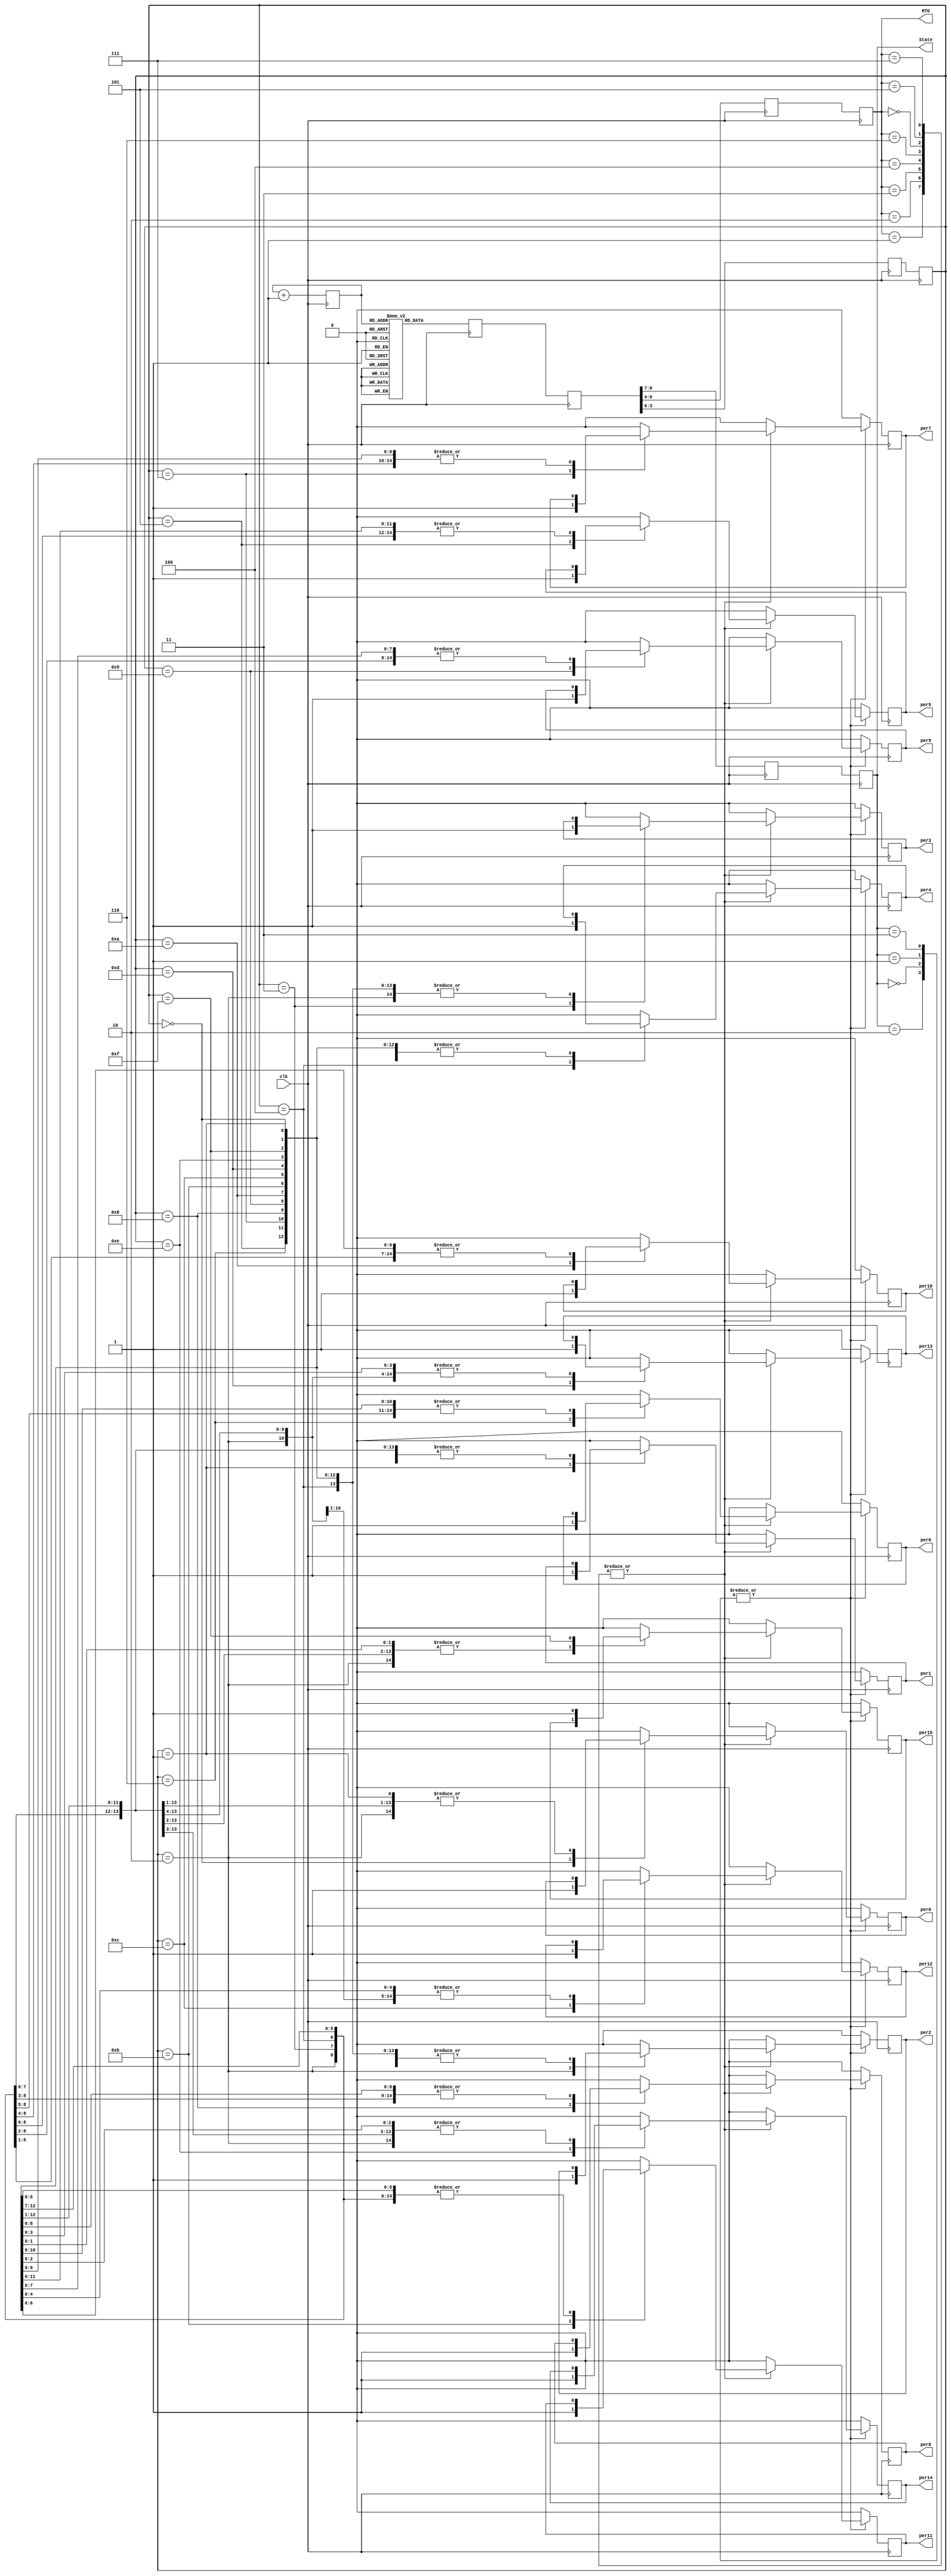
module im_write( 
input clk,
output reg per0,
output reg per1,
output reg per2,
output reg per3,
output reg per4,
output reg per5,
output reg per6,
output reg per7,
output reg per8,
output reg per9,
output reg per10,
output reg per11,
output reg per12,
output reg per13,
output reg per14,
output reg per15,
output [1:0]State,
output [2:0]RTO
);

initial begin
mem[0] = 9'b000010010;
mem[1] = 9'b010000000;
mem[2] = 9'b100110001;
mem[4] = 9'b111001000;
pc = 0;
end

reg [8:0]mem[0:511];
reg [8:0]L1_IR,L2_IR;
reg [8:0]pc;
reg [1:0]L2_State,L3_State;
reg [2:0]L2_RTO,L3_RTO;
reg [3:0]L2_NUM,L3_NUM;

parameter KA = 2'b00, GJ = 2'b01, BR = 2'b10, MH = 2'b11;
parameter rto1 = 3'b000,rto2 = 3'b001,rto3 = 3'b010, rto4 = 3'b011,rto5 = 3'b100,rto6 = 3'b101,rto7 = 3'b110,rto8 = 3'b111;
parameter person1 = 4'b0000,person2 = 4'b0001,person3 = 4'b0010,person4 = 4'b0011,person5 = 4'b0100,person6 = 4'b0101,person7 = 4'b0110,person8 = 4'b0111,person9 = 4'b1000,person10 = 4'b1001,person11 = 4'b1010,person12 = 4'b1011,person13 = 4'b1100,person14 = 4'b1101,person15 = 4'b1110,person16 = 4'b1111;

always @(posedge clk)//fetch
begin
L1_IR <= mem[pc];
pc <= pc + 1;
end

always @(posedge clk)//decode
begin
L2_IR <= L1_IR;
L2_State <= L2_IR[8:7];
L2_RTO <= L2_IR[6:4];
L2_NUM <= L2_IR[3:0];
end

always @(posedge clk)//execute
begin
L3_State <= L2_State;
L3_RTO <= L2_RTO;
L3_NUM <= L2_NUM;

case(L3_State)
KA:begin
case(L3_RTO)
rto1:begin
case(L3_NUM)
person1:per0 = 1;
person2:per1 = 1;
person3:per2 = 1;
person4:per3 = 1;
person5:per4 = 1;
person6:per5 = 1;
person7:per6 = 1;
person8:per7 = 1;
person9:per8 = 1;
person10:per9 = 1;
person11:per10 = 1;
person12:per11 = 1;
person13:per12 = 1;
person14:per13 = 1;
person15:per14 = 1;
person16:per15 = 1;
endcase
end
rto2:begin
case(L3_NUM)
person1:per0 = 1;
person2:per1 = 1;
person3:per2 = 1;
person4:per3 = 1;
person5:per4 = 1;
person6:per5 = 1;
person7:per6 = 1;
person8:per7 = 1;
person9:per8 = 1;
person10:per9 = 1;
person11:per10 = 1;
person12:per11 = 1;
person13:per12 = 1;
person14:per13 = 1;
person15:per14 = 1;
person16:per15 = 1;
endcase
end
rto3:begin
case(L3_NUM)
person1:per0 = 1;
person2:per1 = 1;
person3:per2 = 1;
person4:per3 = 1;
person5:per4 = 1;
person6:per5 = 1;
person7:per6 = 1;
person8:per7 = 1;
person9:per8 = 1;
person10:per9 = 1;
person11:per10 = 1;
person12:per11 = 1;
person13:per12 = 1;
person14:per13 = 1;
person15:per14 = 1;
person16:per15 = 1;
endcase
end
rto4:begin
case(L3_NUM)
person1:per0 = 1;
person2:per1 = 1;
person3:per2 = 1;
person4:per3 = 1;
person5:per4 = 1;
person6:per5 = 1;
person7:per6 = 1;
person8:per7 = 1;
person9:per8 = 1;
person10:per9 = 1;
person11:per10 = 1;
person12:per11 = 1;
person13:per12 = 1;
person14:per13 = 1;
person15:per14 = 1;
person16:per15 = 1;
endcase
end
rto5:begin
case(L3_NUM)
person1:per0 = 1;
person2:per1 = 1;
person3:per2 = 1;
person4:per3 = 1;
person5:per4 = 1;
person6:per5 = 1;
person7:per6 = 1;
person8:per7 = 1;
person9:per8 = 1;
person10:per9 = 1;
person11:per10 = 1;
person12:per11 = 1;
person13:per12 = 1;
person14:per13 = 1;
person15:per14 = 1;
person16:per15 = 1;
endcase
end
rto6:begin
case(L3_NUM)
person1:per0 = 1;
person2:per1 = 1;
person3:per2 = 1;
person4:per3 = 1;
person5:per4 = 1;
person6:per5 = 1;
person7:per6 = 1;
person8:per7 = 1;
person9:per8 = 1;
person10:per9 = 1;
person11:per10 = 1;
person12:per11 = 1;
person13:per12 = 1;
person14:per13 = 1;
person15:per14 = 1;
person16:per15 = 1;
endcase
end
rto7:begin
case(L3_NUM)
person1:per0 = 1;
person2:per1 = 1;
person3:per2 = 1;
person4:per3 = 1;
person5:per4 = 1;
person6:per5 = 1;
person7:per6 = 1;
person8:per7 = 1;
person9:per8 = 1;
person10:per9 = 1;
person11:per10 = 1;
person12:per11 = 1;
person13:per12 = 1;
person14:per13 = 1;
person15:per14 = 1;
person16:per15 = 1;
endcase
end
rto8:begin
case(L3_NUM)
person1:per0 = 1;
person2:per1 = 1;
person3:per2 = 1;
person4:per3 = 1;
person5:per4 = 1;
person6:per5 = 1;
person7:per6 = 1;
person8:per7 = 1;
person9:per8 = 1;
person10:per9 = 1;
person11:per10 = 1;
person12:per11 = 1;
person13:per12 = 1;
person14:per13 = 1;
person15:per14 = 1;
person16:per15 = 1;
endcase
end
endcase
end
GJ:begin
case(L3_RTO)
rto1:begin
case(L3_NUM)
person1:per0 = 1;
person2:per1 = 1;
person3:per2 = 1;
person4:per3 = 1;
person5:per4 = 1;
person6:per5 = 1;
person7:per6 = 1;
person8:per7 = 1;
person9:per8 = 1;
person10:per9 = 1;
person11:per10 = 1;
person12:per11 = 1;
person13:per12 = 1;
person14:per13 = 1;
person15:per14 = 1;
person16:per15 = 1;
endcase
end
rto2:begin
case(L3_NUM)
person1:per0 = 1;
person2:per1 = 1;
person3:per2 = 1;
person4:per3 = 1;
person5:per4 = 1;
person6:per5 = 1;
person7:per6 = 1;
person8:per7 = 1;
person9:per8 = 1;
person10:per9 = 1;
person11:per10 = 1;
person12:per11 = 1;
person13:per12 = 1;
person14:per13 = 1;
person15:per14 = 1;
person16:per15 = 1;
endcase
end
rto3:begin
case(L3_NUM)
person1:per0 = 1;
person2:per1 = 1;
person3:per2 = 1;
person4:per3 = 1;
person5:per4 = 1;
person6:per5 = 1;
person7:per6 = 1;
person8:per7 = 1;
person9:per8 = 1;
person10:per9 = 1;
person11:per10 = 1;
person12:per11 = 1;
person13:per12 = 1;
person14:per13 = 1;
person15:per14 = 1;
person16:per15 = 1;
endcase
end
rto4:begin
case(L3_NUM)
person1:per0 = 1;
person2:per1 = 1;
person3:per2 = 1;
person4:per3 = 1;
person5:per4 = 1;
person6:per5 = 1;
person7:per6 = 1;
person8:per7 = 1;
person9:per8 = 1;
person10:per9 = 1;
person11:per10 = 1;
person12:per11 = 1;
person13:per12 = 1;
person14:per13 = 1;
person15:per14 = 1;
person16:per15 = 1;
endcase
end
rto5:begin
case(L3_NUM)
person1:per0 = 1;
person2:per1 = 1;
person3:per2 = 1;
person4:per3 = 1;
person5:per4 = 1;
person6:per5 = 1;
person7:per6 = 1;
person8:per7 = 1;
person9:per8 = 1;
person10:per9 = 1;
person11:per10 = 1;
person12:per11 = 1;
person13:per12 = 1;
person14:per13 = 1;
person15:per14 = 1;
person16:per15 = 1;
endcase
end
rto6:begin
case(L3_NUM)
person1:per0 = 1;
person2:per1 = 1;
person3:per2 = 1;
person4:per3 = 1;
person5:per4 = 1;
person6:per5 = 1;
person7:per6 = 1;
person8:per7 = 1;
person9:per8 = 1;
person10:per9 = 1;
person11:per10 = 1;
person12:per11 = 1;
person13:per12 = 1;
person14:per13 = 1;
person15:per14 = 1;
person16:per15 = 1;
endcase
end
rto7:begin
case(L3_NUM)
person1:per0 = 1;
person2:per1 = 1;
person3:per2 = 1;
person4:per3 = 1;
person5:per4 = 1;
person6:per5 = 1;
person7:per6 = 1;
person8:per7 = 1;
person9:per8 = 1;
person10:per9 = 1;
person11:per10 = 1;
person12:per11 = 1;
person13:per12 = 1;
person14:per13 = 1;
person15:per14 = 1;
person16:per15 = 1;
endcase
end
rto8:begin
case(L3_NUM)
person1:per0 = 1;
person2:per1 = 1;
person3:per2 = 1;
person4:per3 = 1;
person5:per4 = 1;
person6:per5 = 1;
person7:per6 = 1;
person8:per7 = 1;
person9:per8 = 1;
person10:per9 = 1;
person11:per10 = 1;
person12:per11 = 1;
person13:per12 = 1;
person14:per13 = 1;
person15:per14 = 1;
person16:per15 = 1;
endcase
end
endcase
end
BR:begin
case(L3_RTO)
rto1:begin
case(L3_NUM)
person1:per0 = 1;
person2:per1 = 1;
person3:per2 = 1;
person4:per3 = 1;
person5:per4 = 1;
person6:per5 = 1;
person7:per6 = 1;
person8:per7 = 1;
person9:per8 = 1;
person10:per9 = 1;
person11:per10 = 1;
person12:per11 = 1;
person13:per12 = 1;
person14:per13 = 1;
person15:per14 = 1;
person16:per15 = 1;
endcase
end
rto2:begin
case(L3_NUM)
person1:per0 = 1;
person2:per1 = 1;
person3:per2 = 1;
person4:per3 = 1;
person5:per4 = 1;
person6:per5 = 1;
person7:per6 = 1;
person8:per7 = 1;
person9:per8 = 1;
person10:per9 = 1;
person11:per10 = 1;
person12:per11 = 1;
person13:per12 = 1;
person14:per13 = 1;
person15:per14 = 1;
person16:per15 = 1;
endcase
end
rto3:begin
case(L3_NUM)
person1:per0 = 1;
person2:per1 = 1;
person3:per2 = 1;
person4:per3 = 1;
person5:per4 = 1;
person6:per5 = 1;
person7:per6 = 1;
person8:per7 = 1;
person9:per8 = 1;
person10:per9 = 1;
person11:per10 = 1;
person12:per11 = 1;
person13:per12 = 1;
person14:per13 = 1;
person15:per14 = 1;
person16:per15 = 1;
endcase
end
rto4:begin
case(L3_NUM)
person1:per0 = 1;
person2:per1 = 1;
person3:per2 = 1;
person4:per3 = 1;
person5:per4 = 1;
person6:per5 = 1;
person7:per6 = 1;
person8:per7 = 1;
person9:per8 = 1;
person10:per9 = 1;
person11:per10 = 1;
person12:per11 = 1;
person13:per12 = 1;
person14:per13 = 1;
person15:per14 = 1;
person16:per15 = 1;
endcase
end
rto5:begin
case(L3_NUM)
person1:per0 = 1;
person2:per1 = 1;
person3:per2 = 1;
person4:per3 = 1;
person5:per4 = 1;
person6:per5 = 1;
person7:per6 = 1;
person8:per7 = 1;
person9:per8 = 1;
person10:per9 = 1;
person11:per10 = 1;
person12:per11 = 1;
person13:per12 = 1;
person14:per13 = 1;
person15:per14 = 1;
person16:per15 = 1;
endcase
end
rto6:begin
case(L3_NUM)
person1:per0 = 1;
person2:per1 = 1;
person3:per2 = 1;
person4:per3 = 1;
person5:per4 = 1;
person6:per5 = 1;
person7:per6 = 1;
person8:per7 = 1;
person9:per8 = 1;
person10:per9 = 1;
person11:per10 = 1;
person12:per11 = 1;
person13:per12 = 1;
person14:per13 = 1;
person15:per14 = 1;
person16:per15 = 1;
endcase
end
rto7:begin
case(L3_NUM)
person1:per0 = 1;
person2:per1 = 1;
person3:per2 = 1;
person4:per3 = 1;
person5:per4 = 1;
person6:per5 = 1;
person7:per6 = 1;
person8:per7 = 1;
person9:per8 = 1;
person10:per9 = 1;
person11:per10 = 1;
person12:per11 = 1;
person13:per12 = 1;
person14:per13 = 1;
person15:per14 = 1;
person16:per15 = 1;
endcase
end
rto8:begin
case(L3_NUM)
person1:per0 = 1;
person2:per1 = 1;
person3:per2 = 1;
person4:per3 = 1;
person5:per4 = 1;
person6:per5 = 1;
person7:per6 = 1;
person8:per7 = 1;
person9:per8 = 1;
person10:per9 = 1;
person11:per10 = 1;
person12:per11 = 1;
person13:per12 = 1;
person14:per13 = 1;
person15:per14 = 1;
person16:per15 = 1;
endcase
end
endcase
end
MH:begin
case(L3_RTO)
rto1:begin
case(L3_NUM)
person1:per0 = 1;
person2:per1 = 1;
person3:per2 = 1;
person4:per3 = 1;
person5:per4 = 1;
person6:per5 = 1;
person7:per6 = 1;
person8:per7 = 1;
person9:per8 = 1;
person10:per9 = 1;
person11:per10 = 1;
person12:per11 = 1;
person13:per12 = 1;
person14:per13 = 1;
person15:per14 = 1;
person16:per15 = 1;
endcase
end
rto2:begin
case(L3_NUM)
person1:per0 = 1;
person2:per1 = 1;
person3:per2 = 1;
person4:per3 = 1;
person5:per4 = 1;
person6:per5 = 1;
person7:per6 = 1;
person8:per7 = 1;
person9:per8 = 1;
person10:per9 = 1;
person11:per10 = 1;
person12:per11 = 1;
person13:per12 = 1;
person14:per13 = 1;
person15:per14 = 1;
person16:per15 = 1;
endcase
end
rto3:begin
case(L3_NUM)
person1:per0 = 1;
person2:per1 = 1;
person3:per2 = 1;
person4:per3 = 1;
person5:per4 = 1;
person6:per5 = 1;
person7:per6 = 1;
person8:per7 = 1;
person9:per8 = 1;
person10:per9 = 1;
person11:per10 = 1;
person12:per11 = 1;
person13:per12 = 1;
person14:per13 = 1;
person15:per14 = 1;
person16:per15 = 1;
endcase
end
rto4:begin
case(L3_NUM)
person1:per0 = 1;
person2:per1 = 1;
person3:per2 = 1;
person4:per3 = 1;
person5:per4 = 1;
person6:per5 = 1;
person7:per6 = 1;
person8:per7 = 1;
person9:per8 = 1;
person10:per9 = 1;
person11:per10 = 1;
person12:per11 = 1;
person13:per12 = 1;
person14:per13 = 1;
person15:per14 = 1;
person16:per15 = 1;
endcase
end
rto5:begin
case(L3_NUM)
person1:per0 = 1;
person2:per1 = 1;
person3:per2 = 1;
person4:per3 = 1;
person5:per4 = 1;
person6:per5 = 1;
person7:per6 = 1;
person8:per7 = 1;
person9:per8 = 1;
person10:per9 = 1;
person11:per10 = 1;
person12:per11 = 1;
person13:per12 = 1;
person14:per13 = 1;
person15:per14 = 1;
person16:per15 = 1;
endcase
end
rto6:begin
case(L3_NUM)
person1:per0 = 1;
person2:per1 = 1;
person3:per2 = 1;
person4:per3 = 1;
person5:per4 = 1;
person6:per5 = 1;
person7:per6 = 1;
person8:per7 = 1;
person9:per8 = 1;
person10:per9 = 1;
person11:per10 = 1;
person12:per11 = 1;
person13:per12 = 1;
person14:per13 = 1;
person15:per14 = 1;
person16:per15 = 1;
endcase
end
rto7:begin
case(L3_NUM)
person1:per0 = 1;
person2:per1 = 1;
person3:per2 = 1;
person4:per3 = 1;
person5:per4 = 1;
person6:per5 = 1;
person7:per6 = 1;
person8:per7 = 1;
person9:per8 = 1;
person10:per9 = 1;
person11:per10 = 1;
person12:per11 = 1;
person13:per12 = 1;
person14:per13 = 1;
person15:per14 = 1;
person16:per15 = 1;
endcase
end
rto8:begin
case(L3_NUM)
person1:per0 = 1;
person2:per1 = 1;
person3:per2 = 1;
person4:per3 = 1;
person5:per4 = 1;
person6:per5 = 1;
person7:per6 = 1;
person8:per7 = 1;
person9:per8 = 1;
person10:per9 = 1;
person11:per10 = 1;
person12:per11 = 1;
person13:per12 = 1;
person14:per13 = 1;
person15:per14 = 1;
person16:per15 = 1;
endcase
end
default:{per0,per1,per2,per3,per4,per5,per6,per7,per8,per9,per10,per11,per12,per13,per14,per15} = 16'h0000;
endcase
end
endcase
end

assign State = L3_State;
assign RTO = L3_RTO;

endmodule